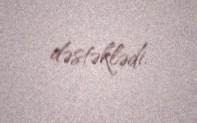
dəstəklədi.